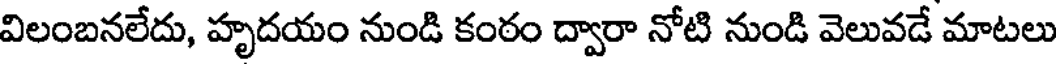
విలంబనలేదు, హృదయం నుండి కంఠం ద్వారా నోటి నుండి వెలువడే మాటలు